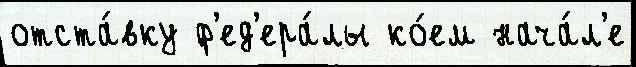
отста́вку ф'ед'ера́лы ко́ем нача́л'е